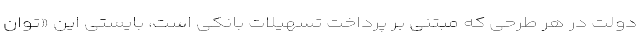
دولت در هر طرحی که مبتنی بر پرداخت تسهیلات بانکی است، بایستی این «توان